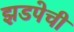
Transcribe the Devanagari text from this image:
झडपेची